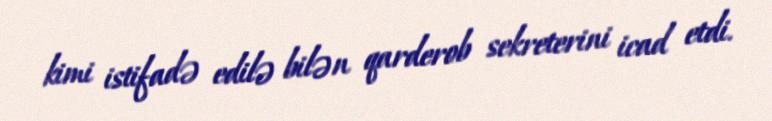
kimi istifadə edilə bilən qarderob sekreterini icad etdi.